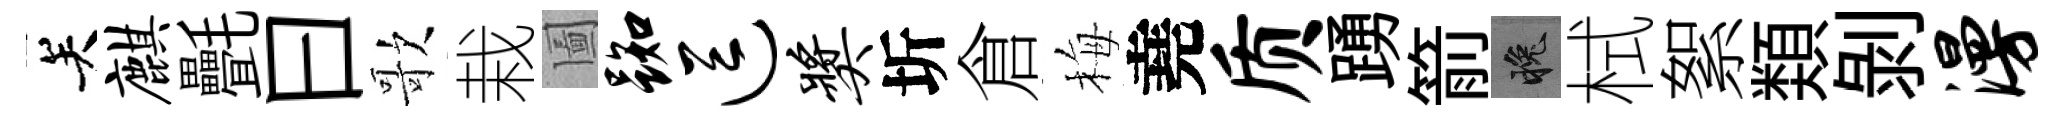
关麒㲲曰歌栽圗踟逗奖圻倉梅堯质踴箭晚栻絮𩔖剝漫